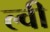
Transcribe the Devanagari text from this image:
ल्वी